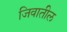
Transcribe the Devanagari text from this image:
जिवातील